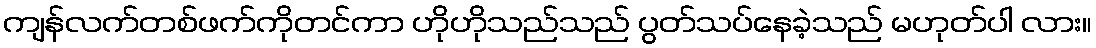
ကျန်လက်တစ်ဖက်ကိုတင်ကာ ဟိုဟိုသည်သည် ပွတ်သပ်နေခဲ့သည် မဟုတ်ပါ လား။